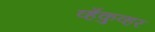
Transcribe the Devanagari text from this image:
व्हँकुव्हर